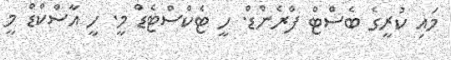
މައި ކުރީގެ ބެސްޓް ފްރެންޑް. ހީ ޓެކްސްޓެޑް މީ. ހީ އާސްކްޑް މީ